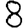
Digit: 8